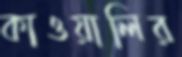
কাওয়ালির